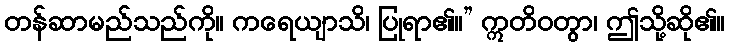
တန်ဆာမည်သည်ကို။ ကရေယျာသိ၊ ပြုရာ၏။” ဣတိဝတွာ၊ ဤသို့ဆို၏။